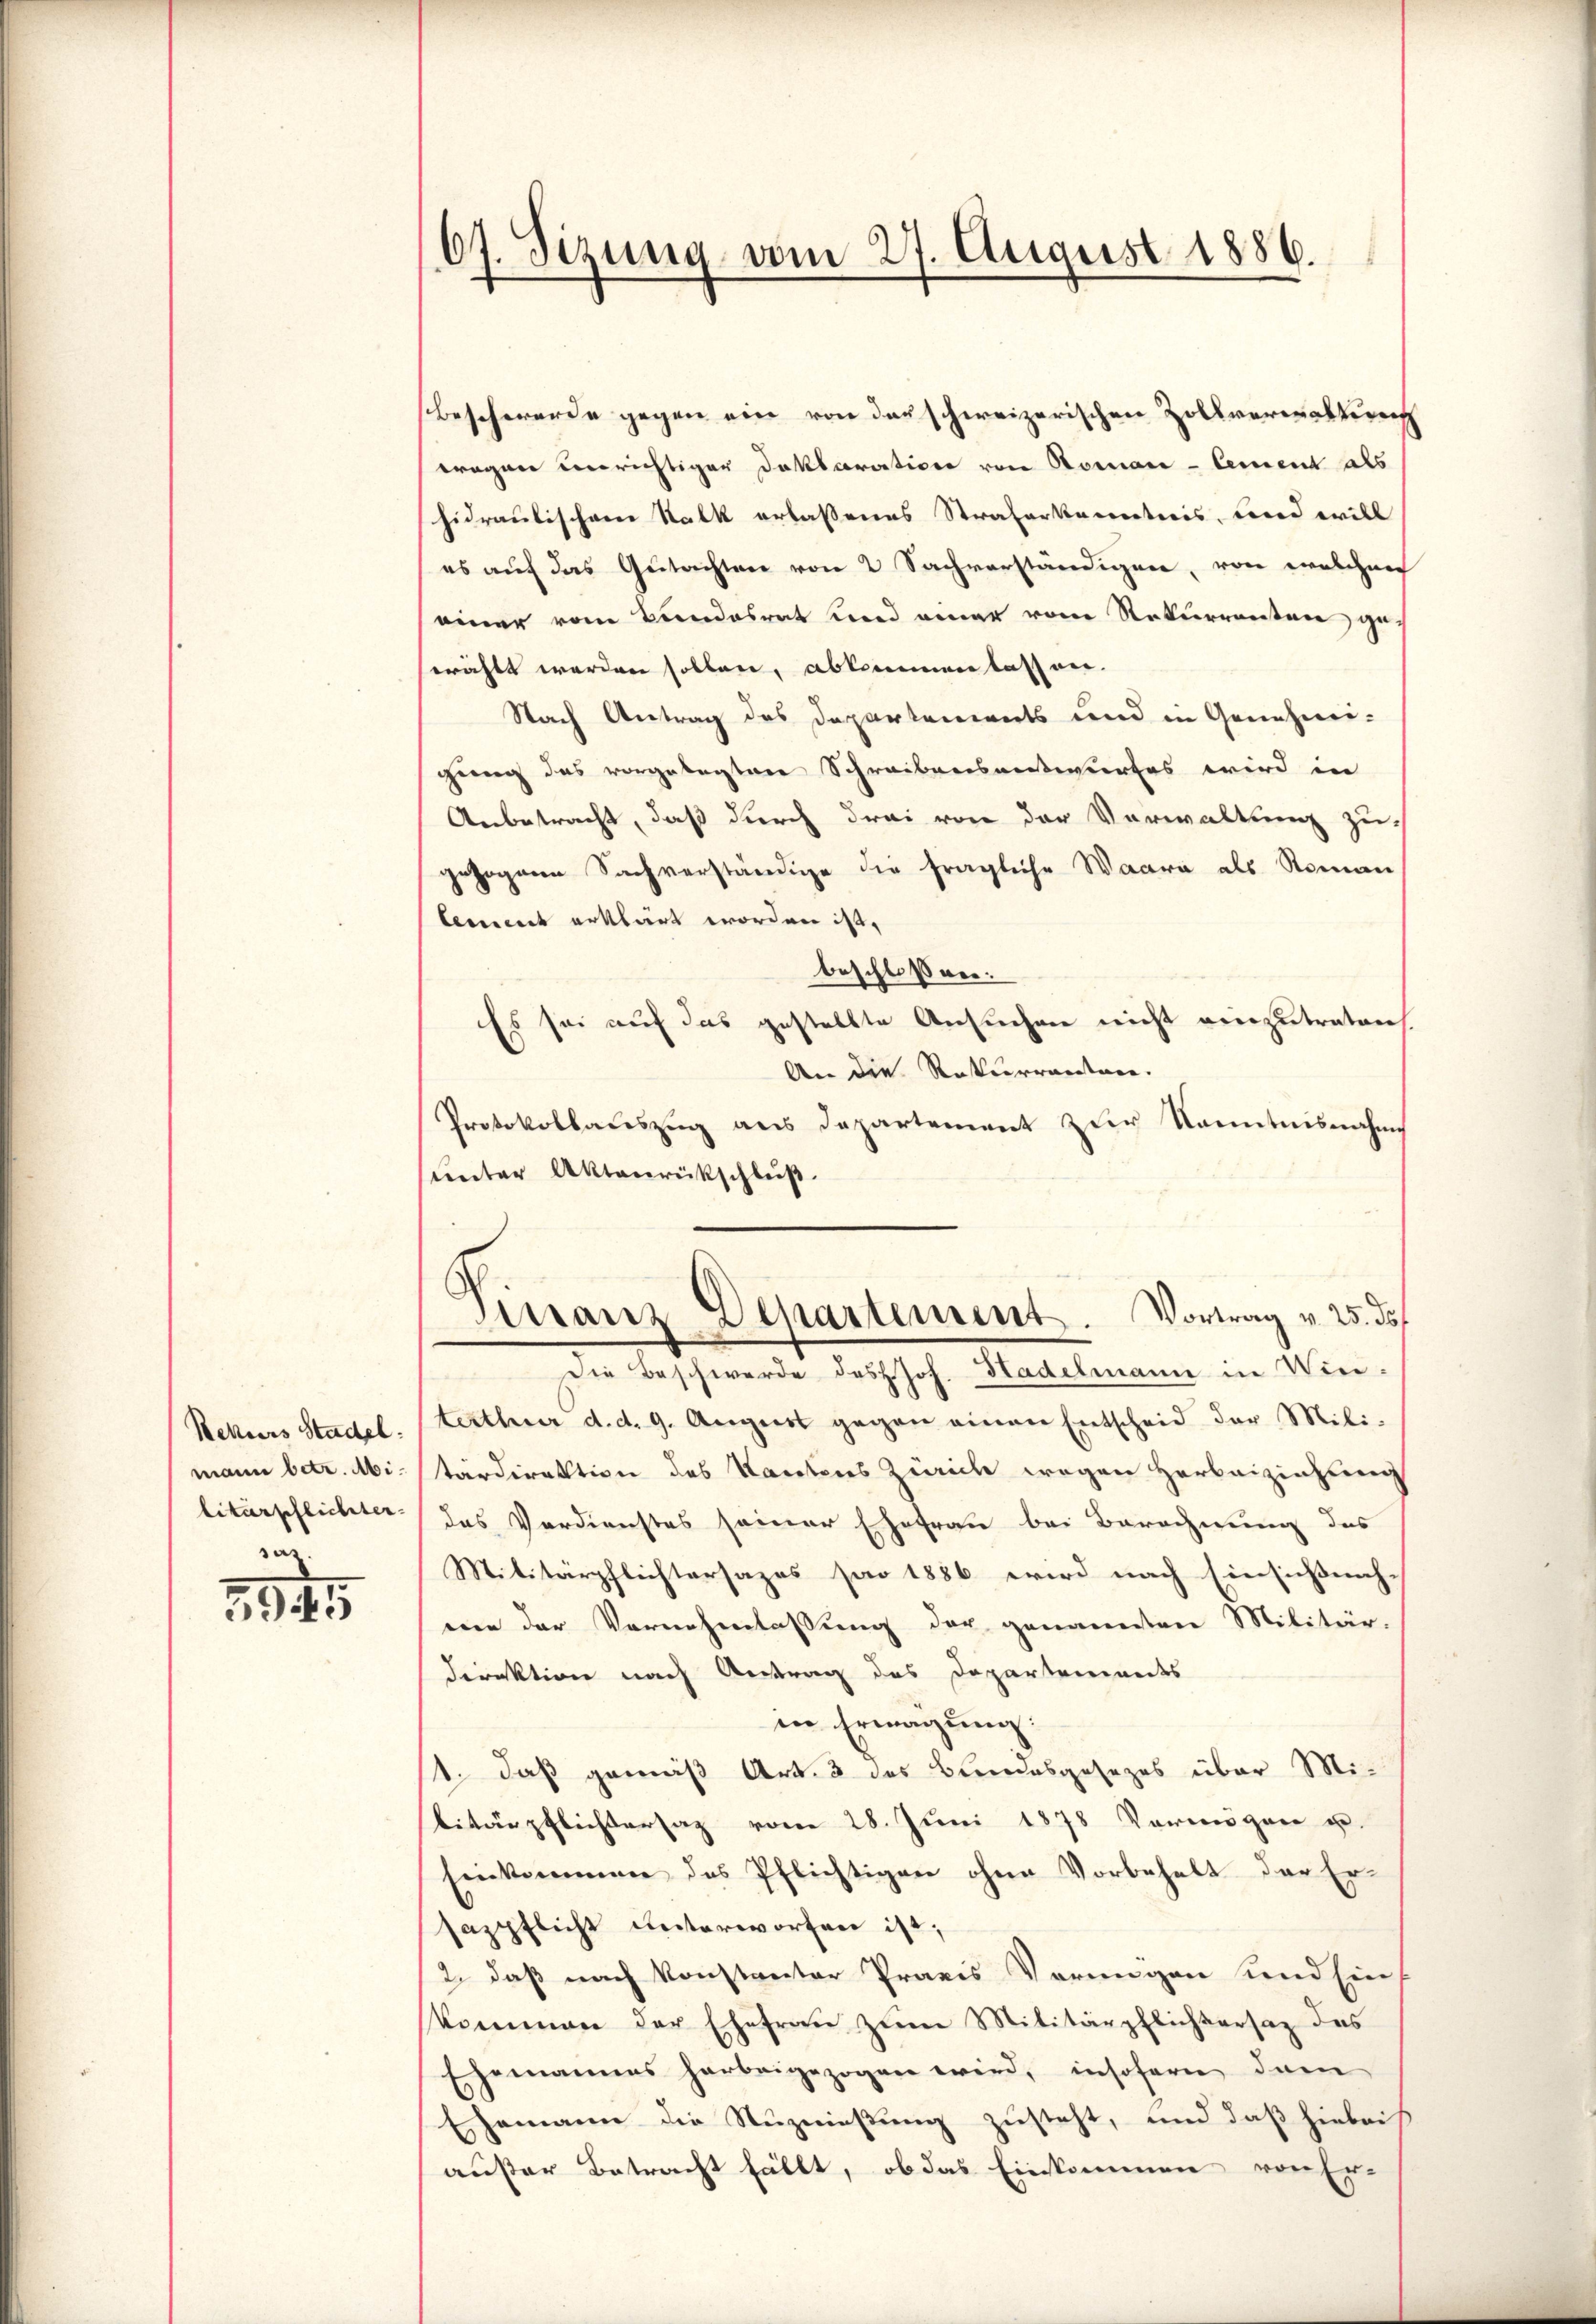
Rekurs Stadel
mann betr. Abilitärpflichter-
raz

295

67. Sizung vom 27. August 1886.

Beschwerde gegen ein von der schweizerischen Zollverwaltung
wagen unrichtiger Doktoration von Roman - Cement als
hidraulischen Stalk erlassenes Straferkenntnis, und will
es auf das Gutachten von 2 Sachverständigen, von welchen
einer vom Bundesrat und einer von Rekurrenten geswählt werden sollen, abkommen lassen.
Nach Antrag des Departements und in Genehmi-
gung des vorgelegten Schreibensauswurfes wird in
Anbetracht, daß durch drei von der Verwaltung zu
gezogene Sachverständige die fragliche Waare als Roman
lement erklärt worden ist,
beschloßner:
Es sei auf das gestellte Ansuchen nicht einzutraten.
An die Rekurrenten.
Protokollauszug aus Departement zur Kenntnisnahms
unter Aktenrückschluß.
Die Beschwerde des Joh. Hadelmann in Winterthur d. d. 9. August gegen einen Entscheid der Mili-
tärdirektion des Kantons Zürich wegen Herbeiziehung
das Verdienstes seiner Ehefrau bei Berechnung des
Militärpflichtersazes par 1886 wird nach Einsichtnach-
een der Vornehmlassung der genannten Militär-
direktion nach Antrag des Departements
in Erwägung.
1. daß gemäß Art. 3 des Bundesgesezes über Militärpflichtersaz vom 28. Juni 1878 Vermögen u.
Einkommen des Pflichtigen ohne Vorbehalt der Ersazpflicht unterworfen ist;
2., daß nach konstantor Praxis Verungen und Ein
kommen der Ehefrau zum Militärpflichtersaz das
Ehemannes herbeigezogen wird, insofern dan
Ehemann die Nuznießung zusteht, und daß hiebei
außer Betracht fällt, ob das Einkommen von Er-

Finanz-Departement. Vortrag v. 25. ds.